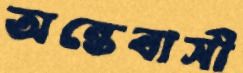
অন্তেবাসী